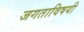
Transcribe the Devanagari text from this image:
जगताविषयी